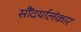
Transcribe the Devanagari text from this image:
सौंदर्यालंकार